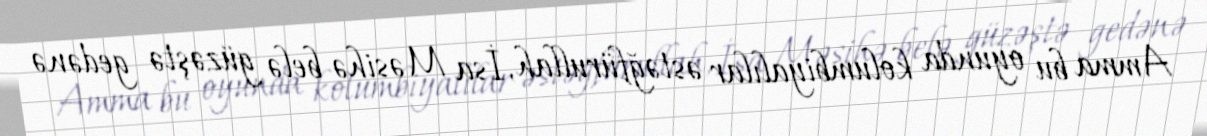
Amma bu oyunda kolumbiyalılar əstəğfürullah, İsa Məsihə belə güzəştə gedənə